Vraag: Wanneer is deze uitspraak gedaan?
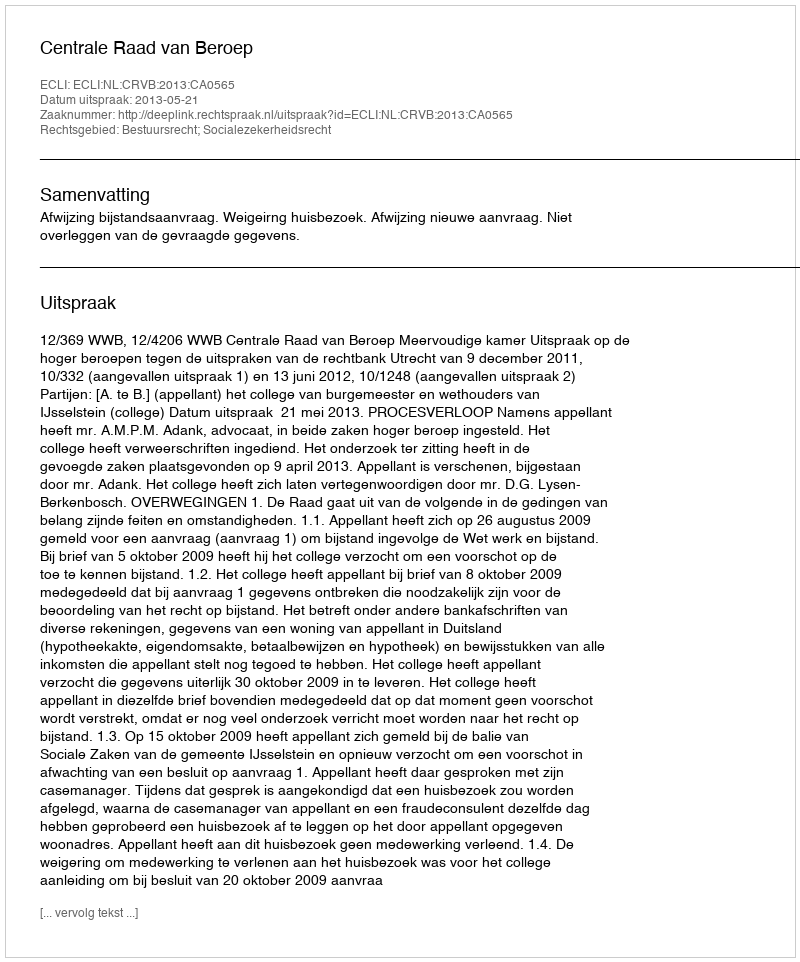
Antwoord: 2013-05-21